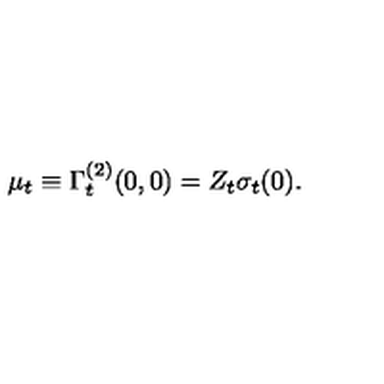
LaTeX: \mu _ { t } \equiv \Gamma _ { t } ^ { ( 2 ) } ( 0 , 0 ) = Z _ { t } \sigma _ { t } ( 0 ) .